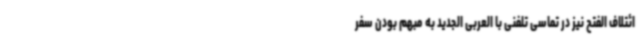
ائتلاف الفتح نیز در تماسی تلفنی با العربی الجدید به مبهم بودن سفر